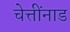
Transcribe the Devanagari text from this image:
चेत्तींनाड